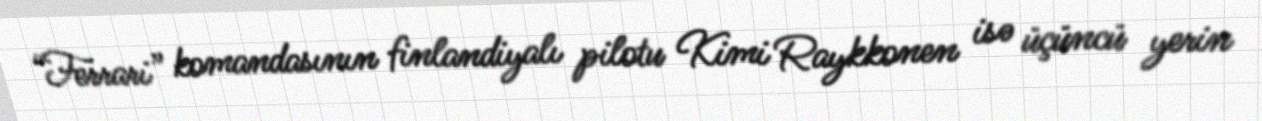
“Ferrari” komandasının finlandiyalı pilotu Kimi Raykkonen isə üçüncü yerin